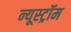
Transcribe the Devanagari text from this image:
न्यूस्ट्रॉम